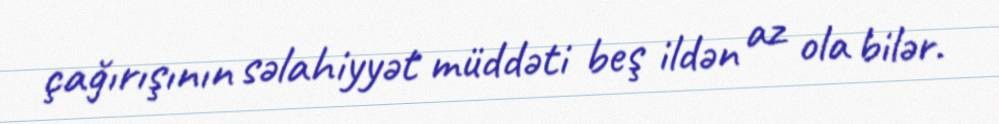
çağırışının səlahiyyət müddəti beş ildən az ola bilər.